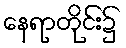
နေရာတိုင်း၌